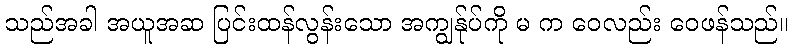
သည်အခါ အယူအဆ ပြင်းထန်လွန်းသော အကျွန်ုပ်ကို မ က ဝေလည်း ဝေဖန်သည်။